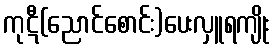
ကုဋီ(ညောင်စောင်း)ပေးလှူရကျိုး